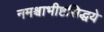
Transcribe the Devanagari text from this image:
नमश्चाभीष्टसिद्धये